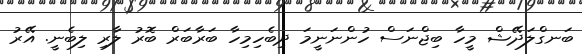
ބަނގްލަދޭޝް މީހާ ބިޖްނަސް ހުންނަނީމަ ދިބެހިމިހާ ބަަރާބަރް ބޮރު ލާރި ލިބެނީ. އޭރު